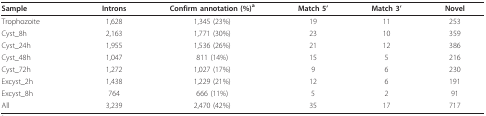
<table><thead><tr><td><b>Sample</b></td><td><b>Introns</b></td><td><b>Confirm annotation (%)<sup>a</sup></b></td><td><b>Match 5&#x27;</b></td><td><b>Match 3&#x27;</b></td><td><b>Novel</b></td></tr></thead><tbody><tr><td>Trophozoite</td><td>1,628</td><td>1,345 (23%)</td><td>19</td><td>11</td><td>253</td></tr><tr><td>Cyst_8h</td><td>2,163</td><td>1,771 (30%)</td><td>23</td><td>10</td><td>359</td></tr><tr><td>Cyst_24h</td><td>1,955</td><td>1,536 (26%)</td><td>21</td><td>12</td><td>386</td></tr><tr><td>Cyst_48h</td><td>1,047</td><td>811 (14%)</td><td>15</td><td>5</td><td>216</td></tr><tr><td>Cyst_72h</td><td>1,272</td><td>1,027 (17%)</td><td>9</td><td>6</td><td>230</td></tr><tr><td>Excyst_2h</td><td>1,438</td><td>1,229 (21%)</td><td>12</td><td>6</td><td>191</td></tr><tr><td>Excyst_8h</td><td>764</td><td>666 (11%)</td><td>5</td><td>2</td><td>91</td></tr><tr><td>All</td><td>3,239</td><td>2,470 (42%)</td><td>35</td><td>17</td><td>717</td></tr></tbody></table>